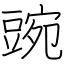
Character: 豌